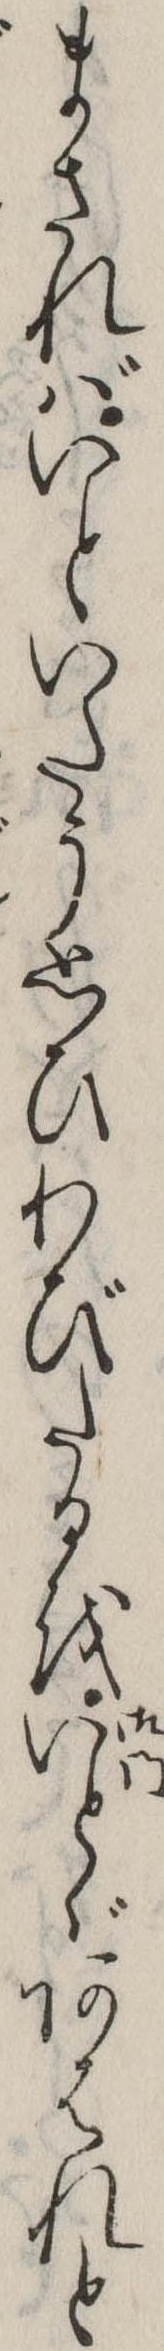
まさればいといたう思ひわびたるをいとゞあはれと